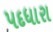
પદધારા